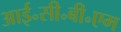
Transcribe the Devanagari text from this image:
आई॰सी॰बी॰एम